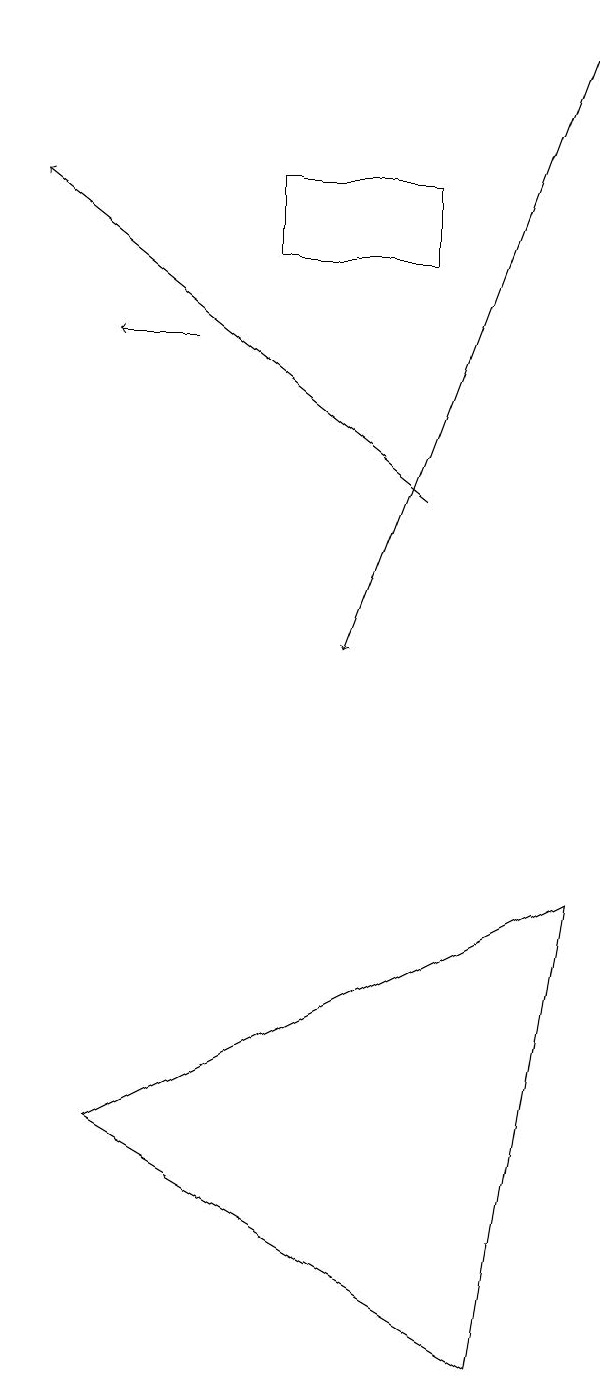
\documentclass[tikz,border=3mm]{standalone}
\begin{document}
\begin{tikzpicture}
\draw[->] (4,15) -- (3,15);
\draw (7,16) rectangle (5,17);
\draw[->] (9,19) -- (6,11);
\draw[->] (7,13) -- (2,17);
\draw (9,8) -- (3,5) -- (8,2) -- cycle;
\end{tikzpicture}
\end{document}